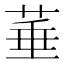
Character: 菙